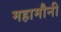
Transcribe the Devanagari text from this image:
महामौनी